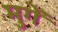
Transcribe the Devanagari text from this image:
मुगें